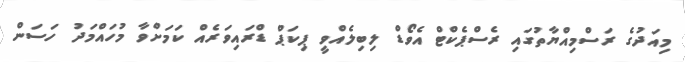
މިއަދުގެ ރަސްމިއްޔާތުގައި ރެސްޕެކްޓް އެވޯޑް ލިބިލެއްވީ ޕިކަޕް ޑްރައިވަރެއް ކަމަށްވާ މުހައްމަދު ހަސަން